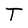
Character: T